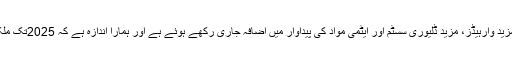
رپورٹ میں کہا گیا ہے کہ پاکستان اپنے نیوکلر ذخائر میں مزید وارہیڈز، مزید ڈلیوری سسٹم اور ایٹمی مواد کی پیداوار میں اضافہ جاری رکھے ہوئے ہے اور ہمارا اندازہ ہے کہ 2025تک ملک کے وار ہیڈز میں 220سے 250 تک اضافہ ہوسکتا ہے۔